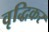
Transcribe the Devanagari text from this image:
वृद्धिकर